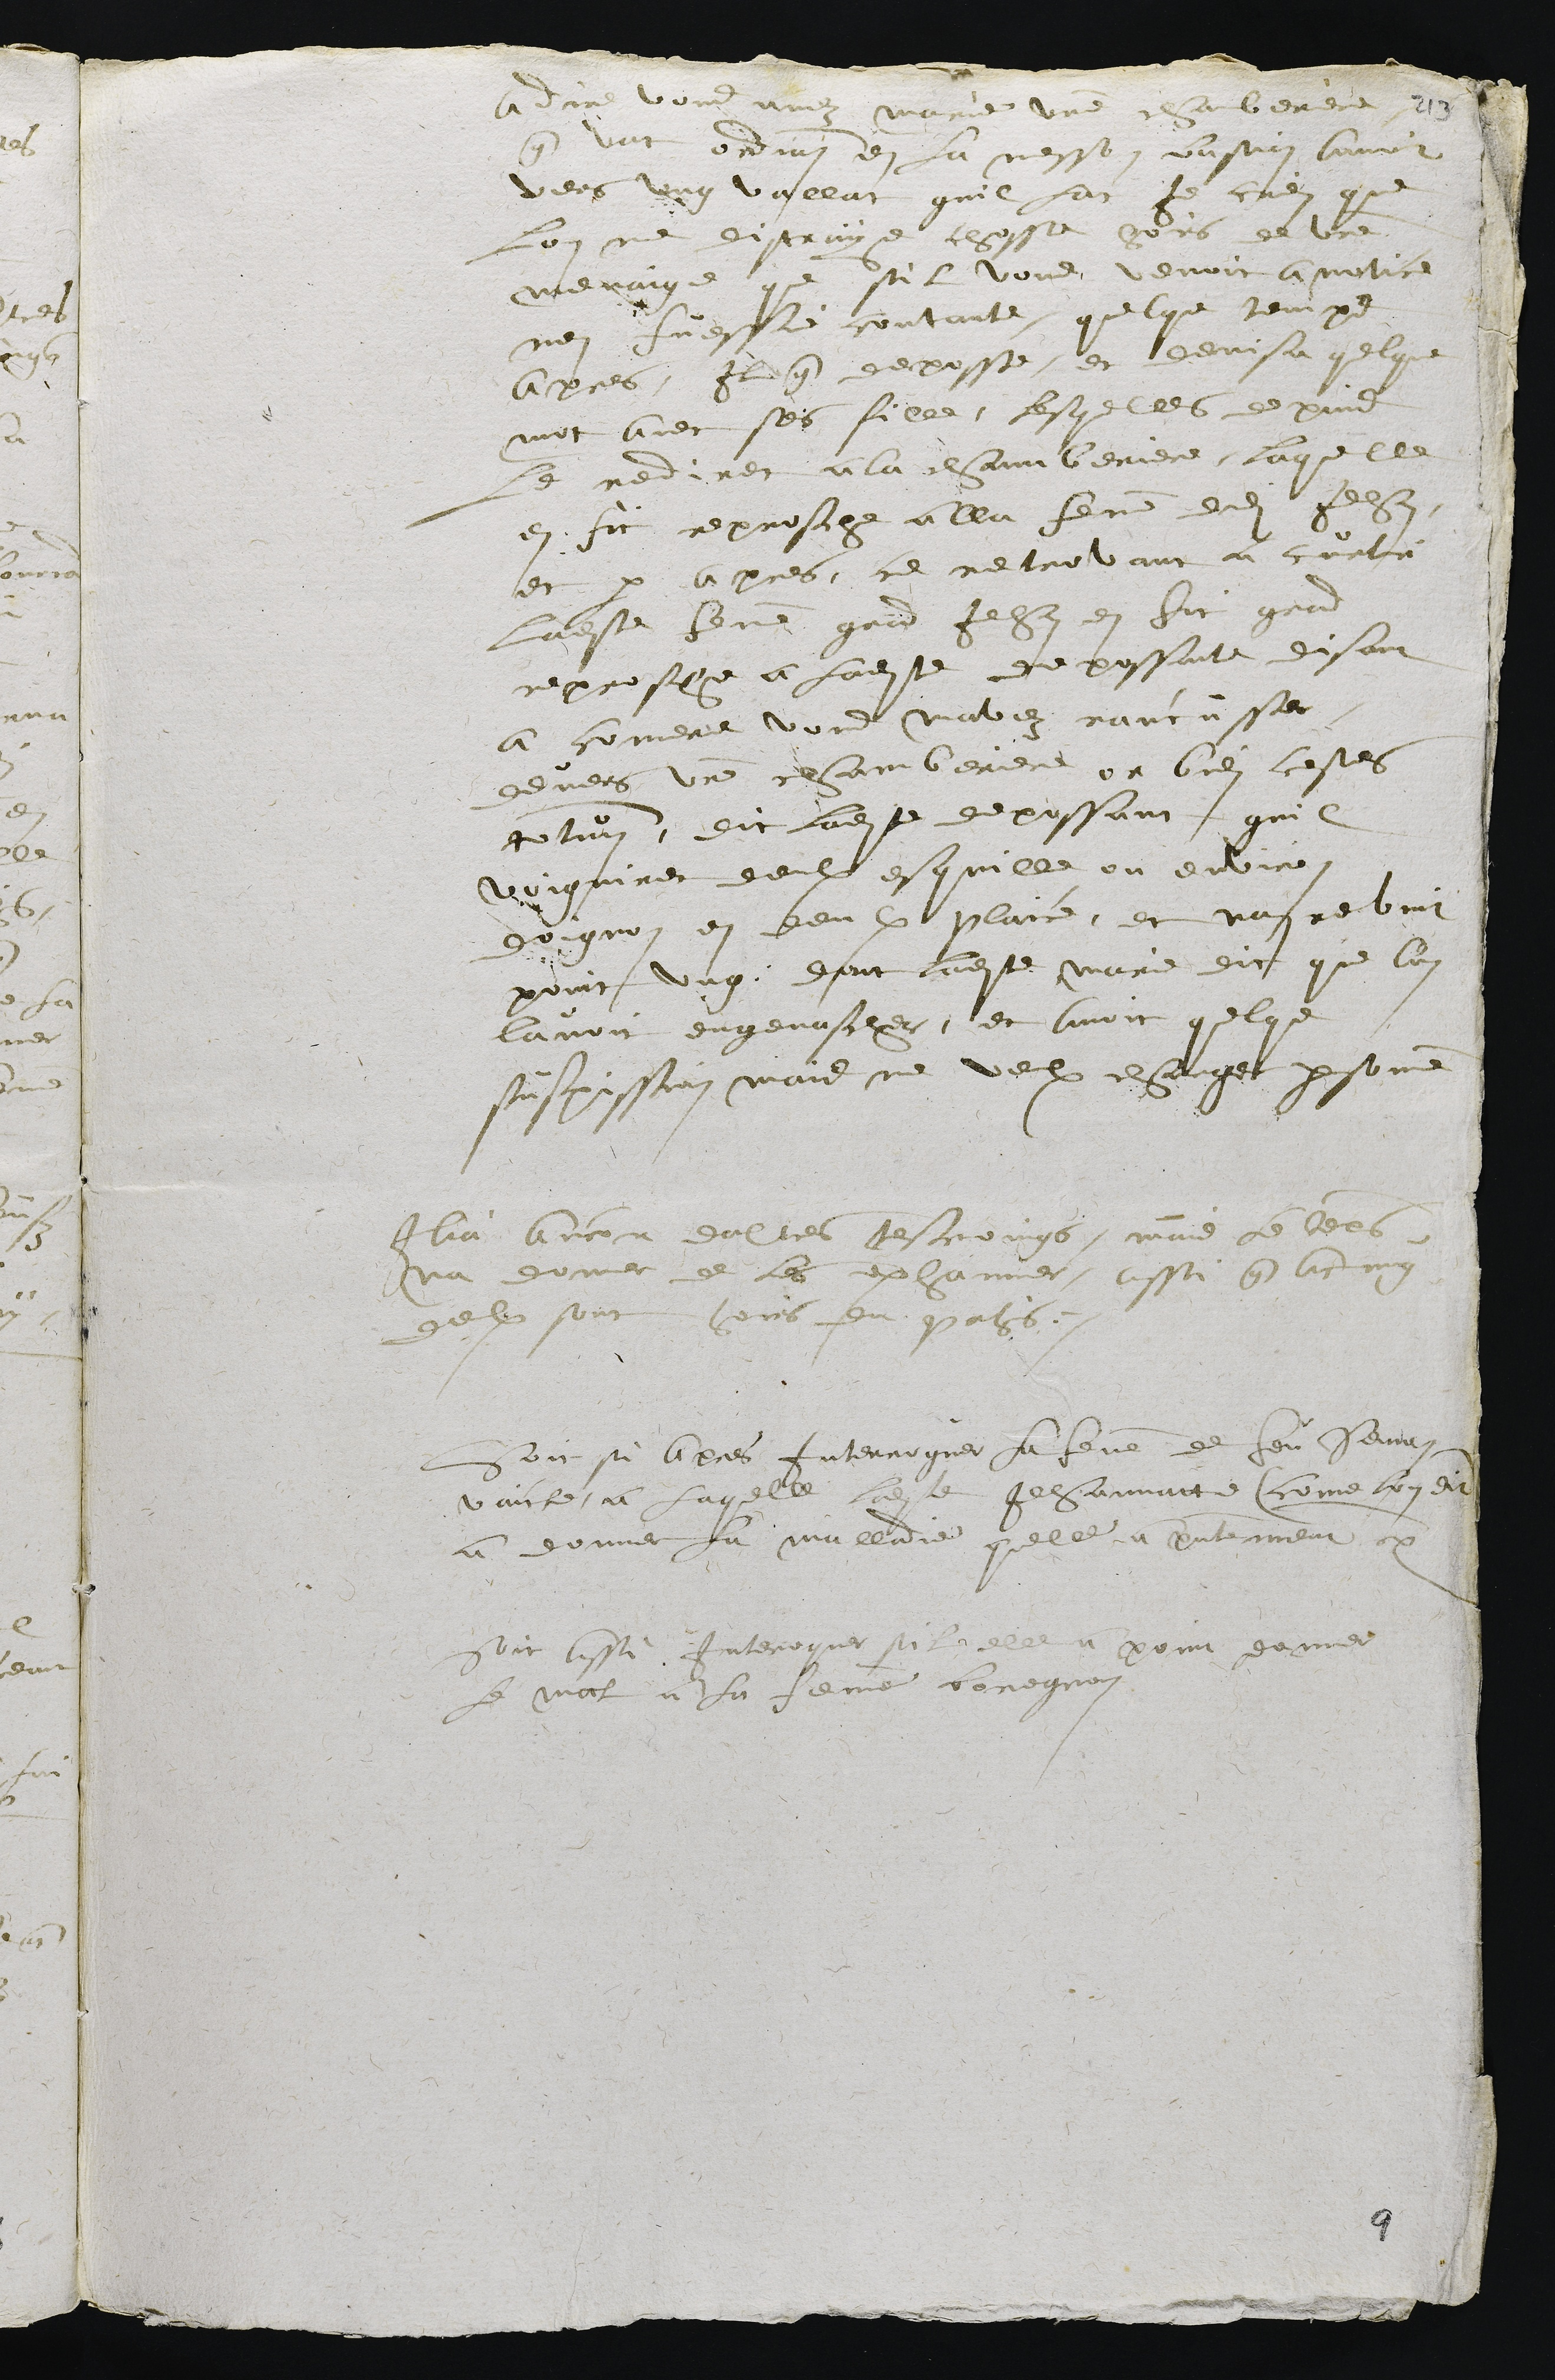
a dire vous avez Marie une chamberiere
que vat ordinairement en la messon basain avoir
vers ung vallat quil lat. Je crein que
lon ne distraye chosse hoirs de votre
menaige que sil vous venoit a notice
nen fuessie contante. quelque temps
apres, il que deposse, et devisa quelque
mot avec ses filles, lesquelles depuis
le redirent a la chamberiere, laquelle
en fit reprosche a lla femme dudit Jehan,
et par apres, ce retrovant au curti
ladite femme grand Jehan en fit grand
reprosche a ladite depossante, disant
a comere vous mavez rancusser
devers votre chamberiere or bien cestes
qtun. dit ladite depossant quil
voignirent deulx esquilles ou environ
doignon en deulx plaices, et nan reveit
point ung, dont ladite marie dit que l'on
lavoit engenascher, et avoit quelque
suspission mais ne veulx charger personne
Ilia ancour daltres tesmoings, mais le voeble
na donner de les exhaminer, aussi que aucung
deulx sort hoirs du pahis.
Soit si apres interroguer la femme de feu Semon
Vaicle, a laquelle ladite Jehannatte (come l'on dit)
a donner la malladie quelle a presentement etc.
Soit aussi interogee sil elle a point donner
le mal a la femme Boregnon